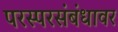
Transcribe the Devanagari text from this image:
परस्परसंबंधावर